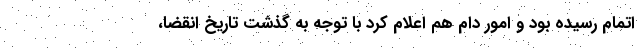
اتمام رسیده بود و امور دام هم اعلام کرد با توجه به گذشت تاریخ انقضا،